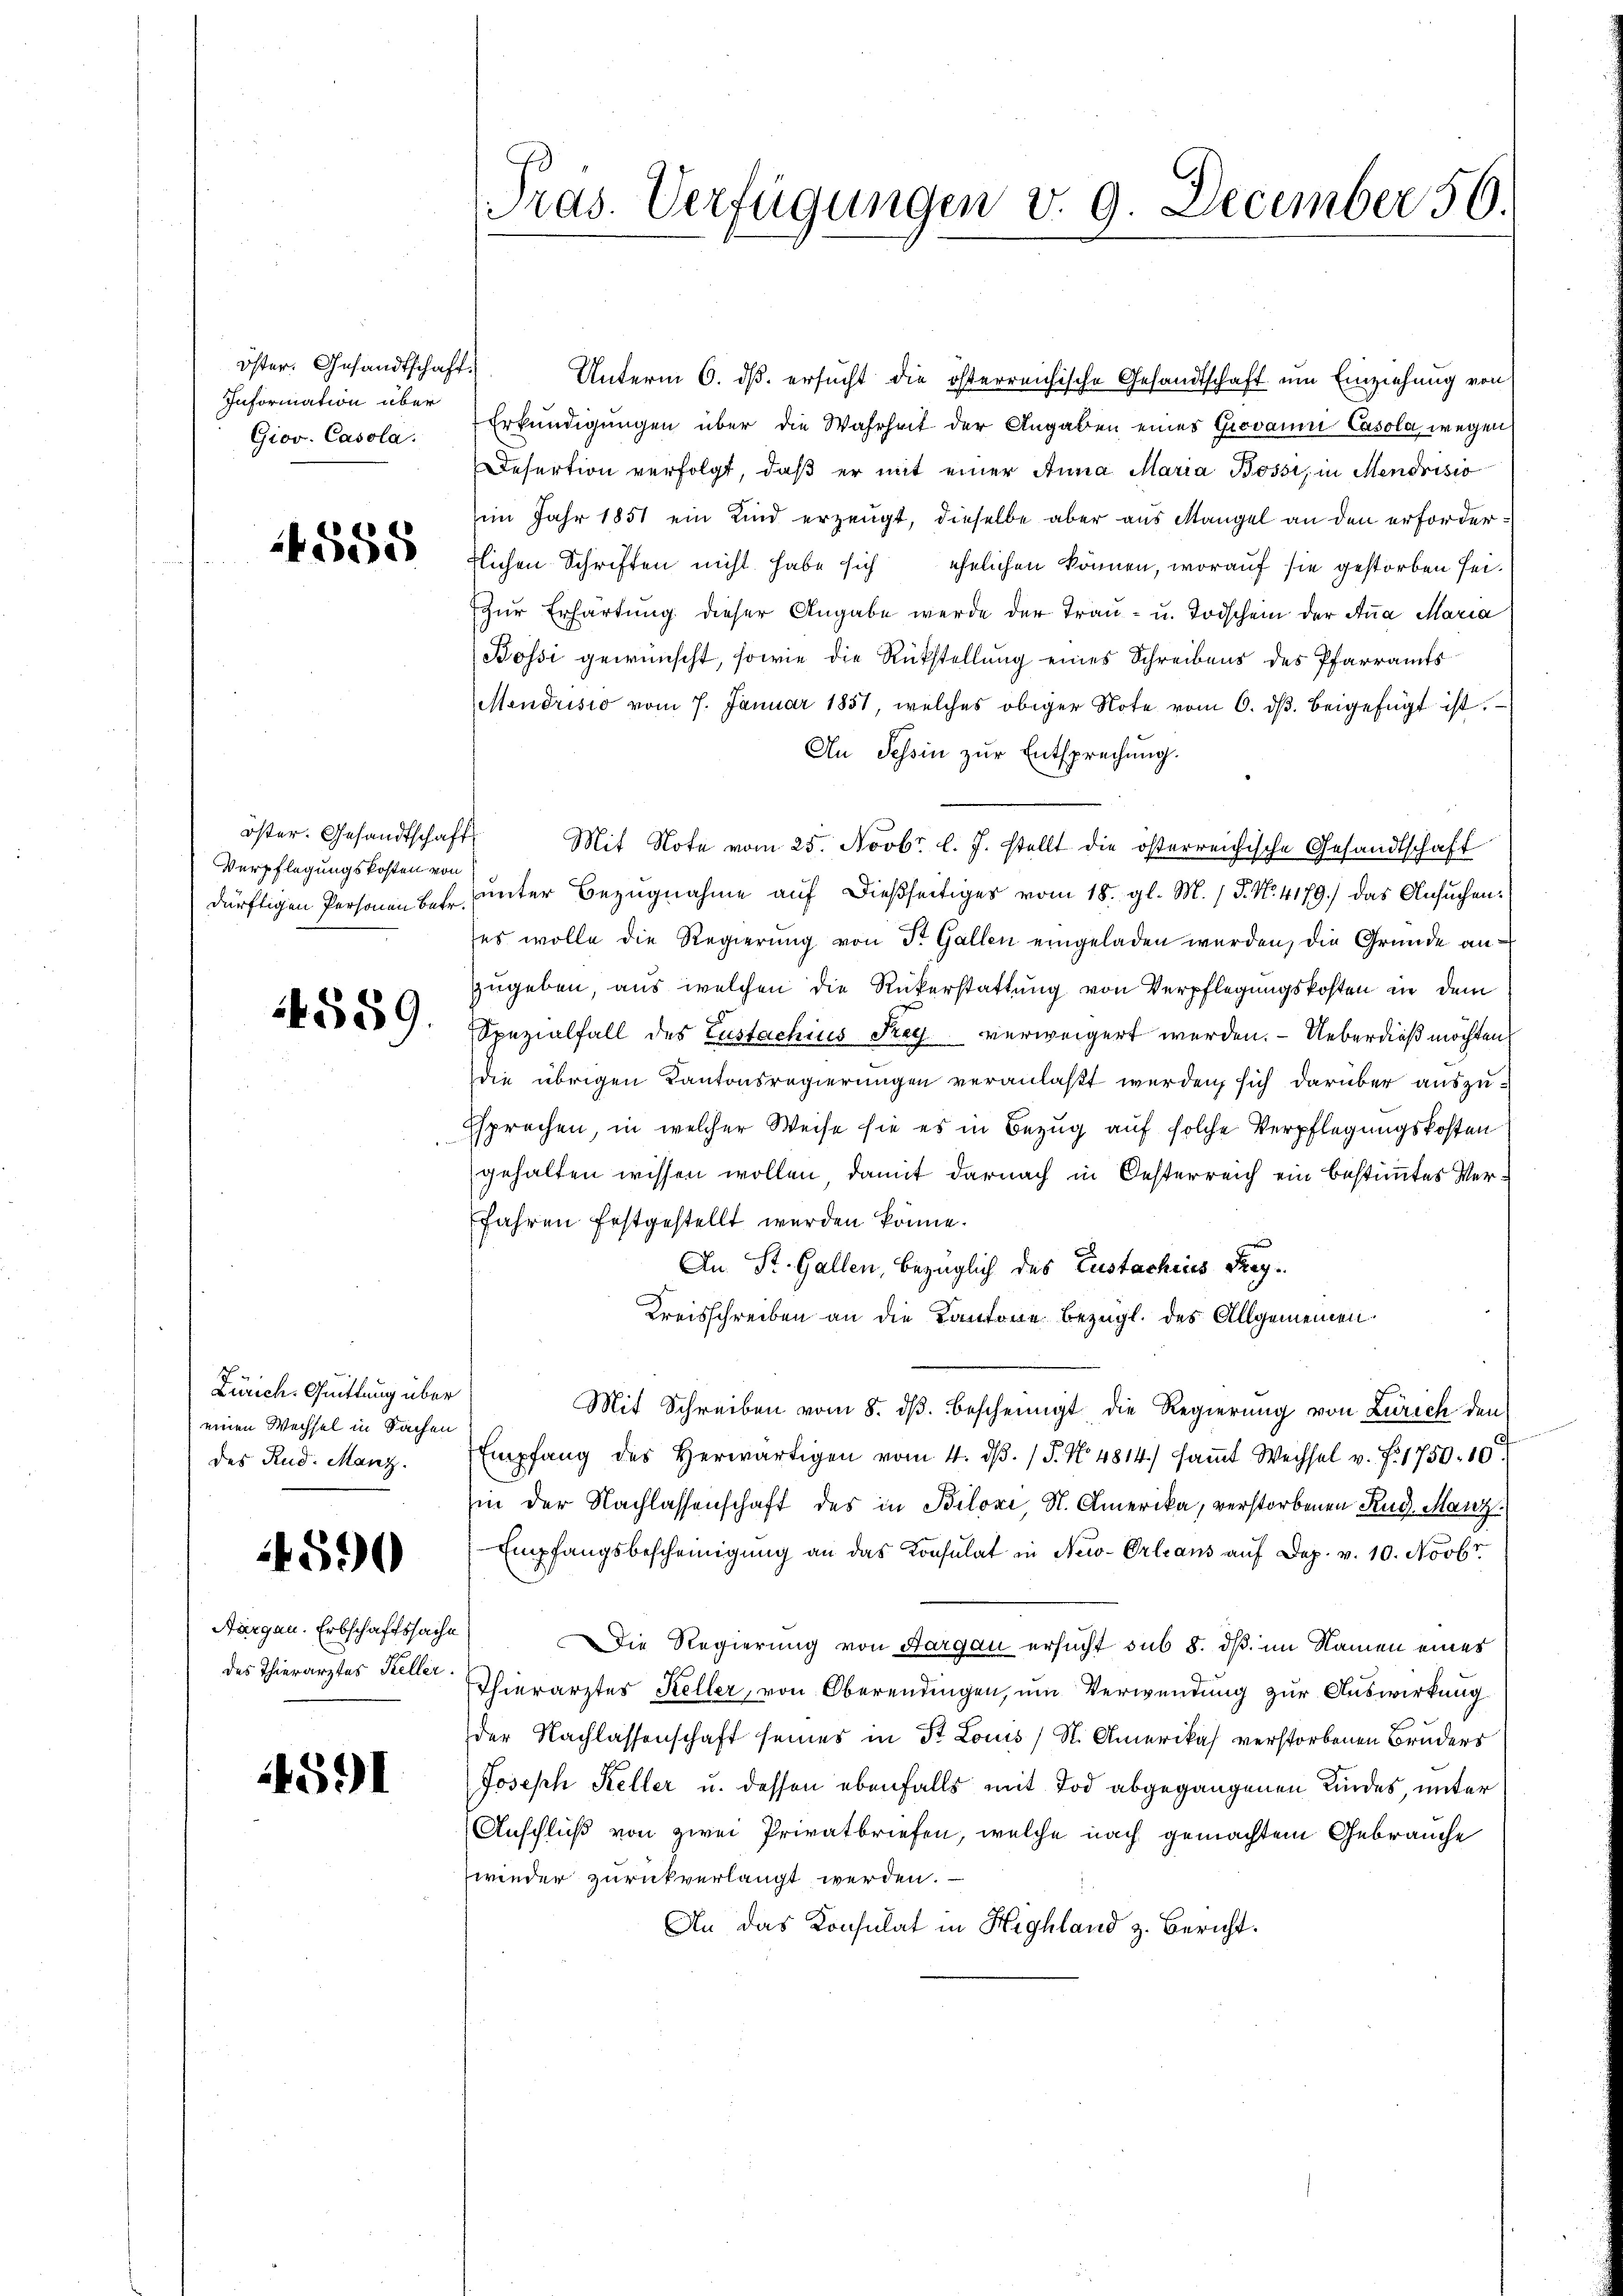
Öster. Gesandtschaft.
Information über
Giov. Casola.

4588

öster. Gesandtschaft
Verpflegungskosten von

4589

Zürich. Quittung über
einen Wechsel in Sachen
des Rud. Manz.

4590

Nargau. Erbschaftssache
des Thierarztes Keller.

1591

ras. Verfügungen v. 9. December 50.

Unterm 6. ds. ersucht die österreichische Gesandtschaft um Einziehung von
Erkundigungen über die Wahrheit der Angaben eines Grovanni Casola, wegen
Refertion verfolgt, daß er mit einer Anna Maria Bossi, in Mendrisio
im Jahr 1851 ein Kind erzeugt, dieselbe aber aus Mangel an den erforder
rlichen Schriften nicht habe sich ehelichen können, worauf sie gestorben sei.
Zur Erhärtung dieser Angabe werde der Trau- u. Todschein der Anna Maria
Bossi gewünscht, sowie die Rückstellung eines Schreibens des Pfarramts
Mendrisio vom 7. Januar 1851, welches obiger Note vom 6. dβ beigefügt ist.
An Tessin zur Entsprechung.
Mit Note vom 25. Novbr. l. J. stellt die österreichische Gesandtschaft
dürftigen Personen betr. unter Bezugnahme auf dießseitiges vom 18. gl. M. P. Nr. 4179) das Ansuchenses wolle die Regierung von Dr. Gallen eingeladen werden, die Gründe anzugeben, aus welchen die Rükerstattung von Verpflegungskosten in dem
Spezialfall des Zustachius Rey verweigert werden. – Ueberdieß möchten.
die übrigen Kantonsregierungen veranlaßt werden, sich darüber auszu¬
Esprechen, in welcher Weise sie es in Bezug auf solche Verpflegungskosten
gehalten wissen wollen, damit darnach in Oesterreich ein bestimmtes Verfahren festgestellt werden könne.
An St. Gallen, bezüglich des Zustachines Reg¬
Kreisschreiben an die Kantone bezügl. des Allgemeinen.
Mit Schreiben vom 8. dβ bescheinigt die Regierung von Zürich den
Empfang des herwärtigen vom 4. dβ. / P. Nr. 4814) saṁt Wechsel v. J. 1750-10.
in der Nachlassenschaft des in Biloni, S. Amerika, verstorbenen Rud. Manz
Empfangsbescheinigung an das Konsulat in New-Orleans auf Dep. v. 10. Novbr.
Die Regierung von Aargau ersucht sub 8. dß im Namen eines
Thierarztes Keller, von Oberendingen, um Verwendung zur Auswirkung
der Nachlassenschaft seines in St. Louis) St. Amerikas verstorbenen Bruders
Joseph Keller u. dessen ebenfalls mit Tod abgegangenen Kundes, unter
Anschluß von zwei Privatbriefen, welche nach gemachtem Gebrauche
wieder zurückverlangt werden.
An das Konsulat in Highland z. Bericht.